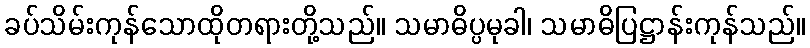
ခပ်သိမ်းကုန်သောထိုတရားတို့သည်။ သမာဓိပ္ပမုခါ၊ သမာဓိပြဋ္ဌာန်းကုန်သည်။